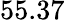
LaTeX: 55.37